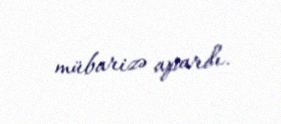
mübarizə apardı.